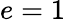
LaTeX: e=1